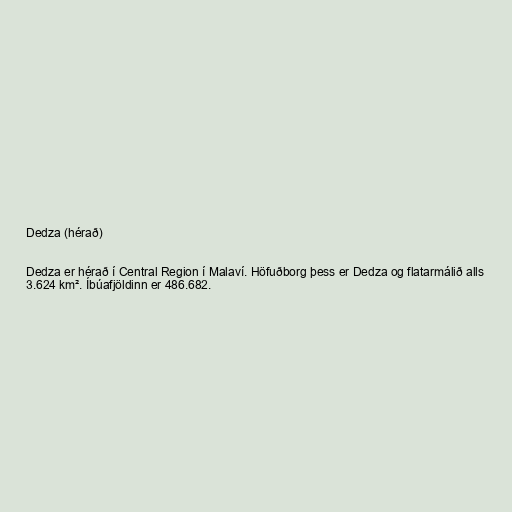
Dedza (hérað)

Dedza er hérað í Central Region í Malaví. Höfuðborg þess er Dedza og flatarmálið alls
3.624 km². Íbúafjöldinn er 486.682.